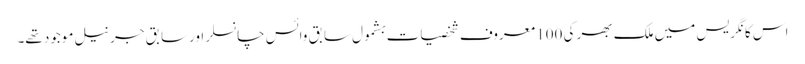
اس کانگریس میں ملک بھر کی 100 معروف شخصیات بشمول سابق وائس چانسلر اورسابق جرنیل موجود تھے۔